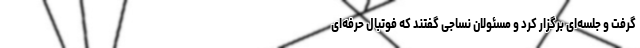
گرفت و جلسه‌ای برگزار کرد و مسئولان نساجی گفتند که فوتبال حرفه‌ای